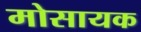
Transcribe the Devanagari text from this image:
मोसायक